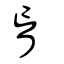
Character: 肓